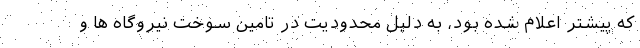
که پیشتر اعلام شده بود، به دلیل محدودیت در تامین سوخت نیروگاه ها و